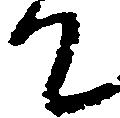
て